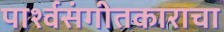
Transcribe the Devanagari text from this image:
पार्श्वसंगीतकाराचा